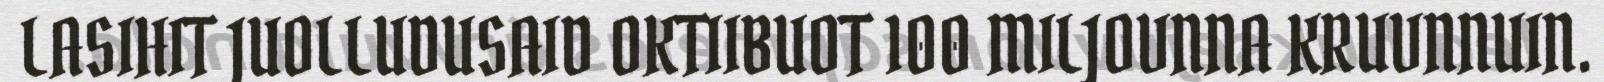
LASIHIT JUOLLUDUSAID OKTIIBUOT 100 MILJOVNNA KRUVNNUIN.